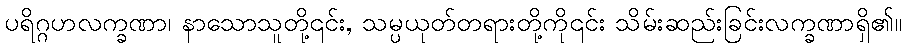
ပရိဂ္ဂဟလက္ခဏာ၊ နာသောသူတို့၎င်း, သမ္ပယုတ်တရားတို့ကို၎င်း သိမ်းဆည်းခြင်းလက္ခဏာရှိ၏။